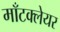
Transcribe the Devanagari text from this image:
माँटक्लेयर